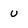
Character: u